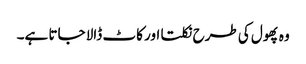
وہ پھول کی طرح نکلتا اور کاٹ ڈالا جاتا ہے۔